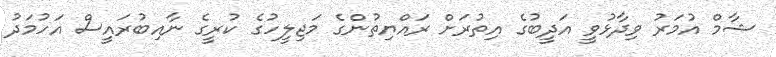
ޝާމް އުމަރު ވިދާޅުވީ އަދީބުގެ އިތުރަށް ރައްޔިތުންގެ މަޖިލީހުގެ ކުރީގެ ނާއިބުރައީސް އަހުމަދު